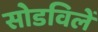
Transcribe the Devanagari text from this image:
सोडविलें